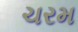
ચરમ